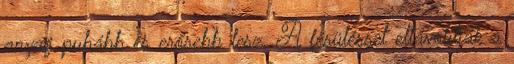
anyag puhább és erősebb lesz. A fésüléssel eltávolítják a